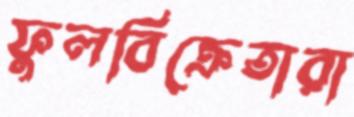
ফুলবিক্রেতারা